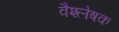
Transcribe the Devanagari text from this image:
वैश्लेषक